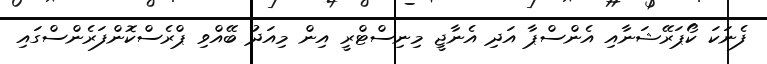
ފެނަކަ ކޯޕަރޭޝަނާއި އެންސްޕާ އަދި އެނާޖީ މިނިސްޓްރީ އިން މިއަދު ބޭއްވި ޕްރެސްކޮންފަރެންސްގައި